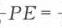
\(-PE = -\)